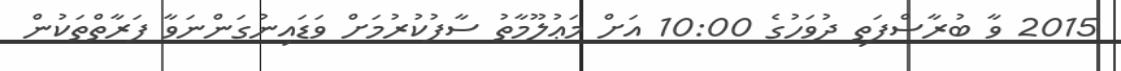
2015 ވާ ބުރާސްފަތި ދުވަހުގެ 10:00 އަށް މަޢުލޫމާތު ސާފުކުރުމަށް ވަޑައިނުގަންނަވާ ފަރާތްތަކުން